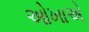
ઓખાએ